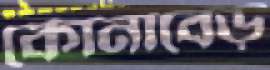
কোনাবেড়